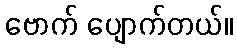
ဗောက် ပျောက်တယ်။